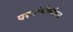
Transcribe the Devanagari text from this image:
परप्रांतीयांवर